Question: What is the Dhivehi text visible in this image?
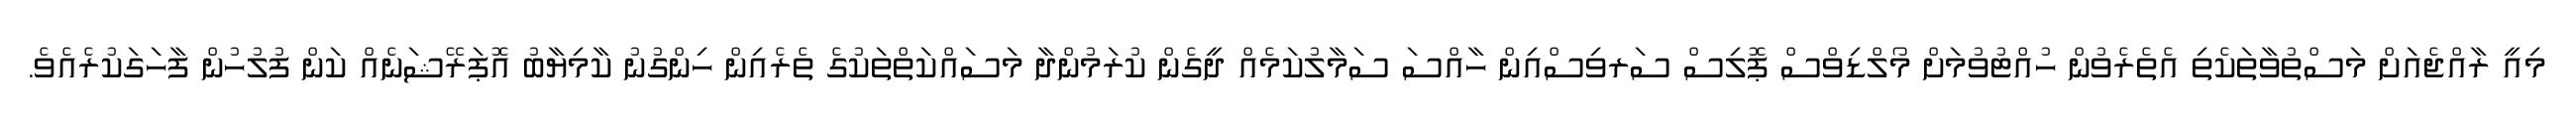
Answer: މިއީ ރާއްޖެއަށް މަސްތުވާތަކެތި އެތެރެވުން ހުއްޓުވުމަށް މޯލްޑިވްސް ޕޮލިސް ސަރވިސްއިން ހާއްސަ ސަމާލުކަމެއް ދީގެން ކުރަމުންދާ މަސައްކަތްތަކުގެ ތެރެއިން ހިންގުނު ކާމިޔާބު އޮޕަރޭޝަނެއް ކަން ފުލުހުން ފާހަގަކުރެއެވެ.